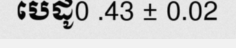
បេដូ0 .43 ± 0.02